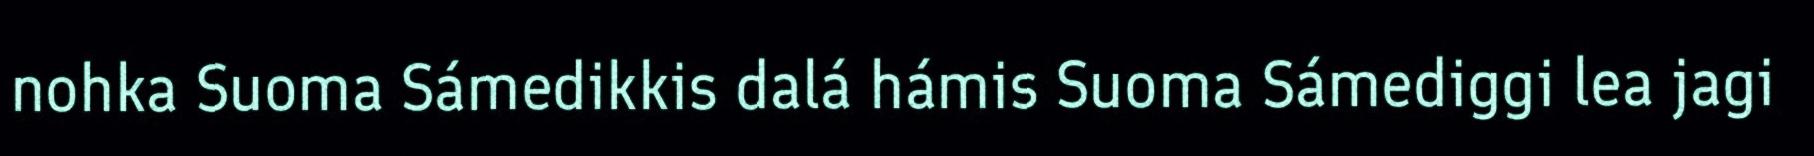
nohka Suoma Sámedikkis dalá hámis Suoma Sámediggi lea jagi